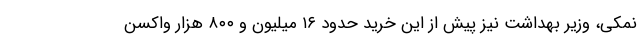
نمکی، وزیر بهداشت نیز پیش از این خرید حدود ۱۶ میلیون و ۸۰۰ هزار واکسن